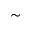
\sim